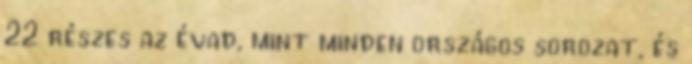
22 részes az évad, mint minden országos sorozat, és